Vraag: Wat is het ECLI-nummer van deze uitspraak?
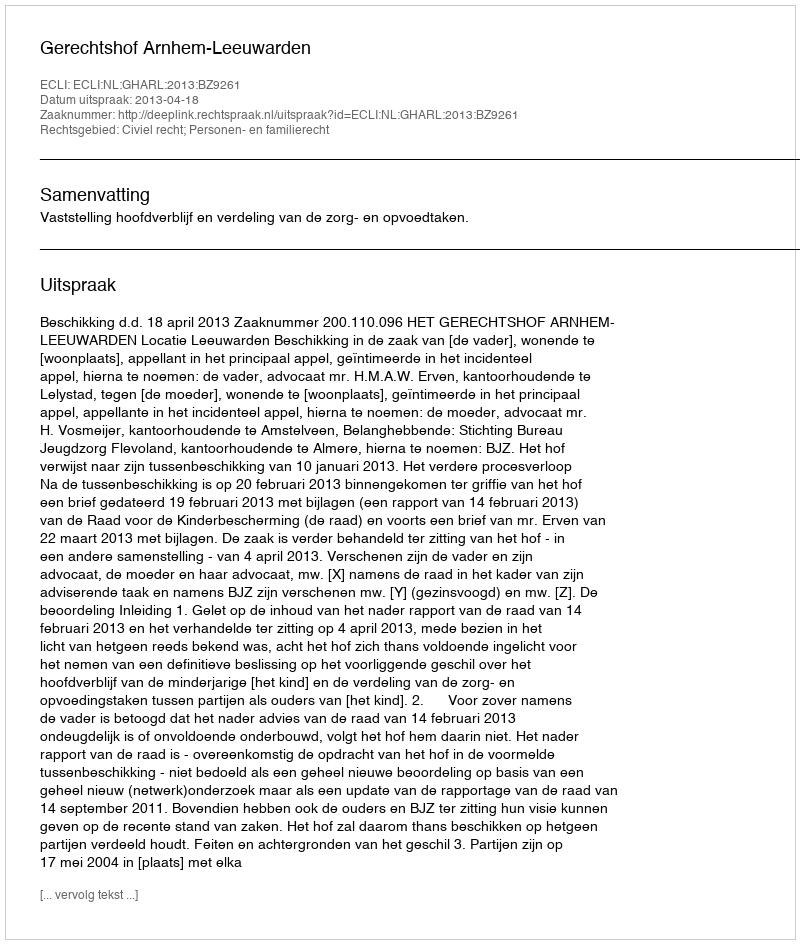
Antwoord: ECLI:NL:GHARL:2013:BZ9261